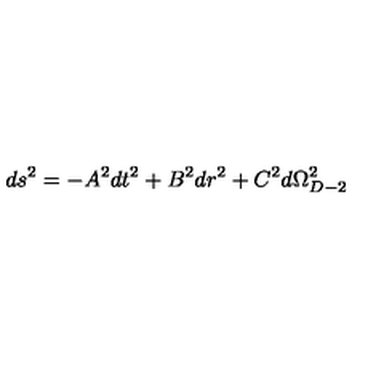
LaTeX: d s ^ { 2 } = - A ^ { 2 } d t ^ { 2 } + B ^ { 2 } d r ^ { 2 } + C ^ { 2 } d \Omega _ { D - 2 } ^ { 2 }